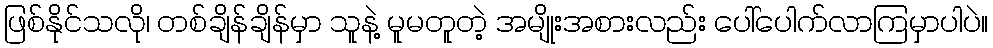
ဖြစ်နိုင်သလို၊ တစ်ချိန်ချိန်မှာ သူနဲ့ မူမတူတဲ့ အမျိုးအစားလည်း ပေါ်ပေါက်လာကြမှာပါပဲ။